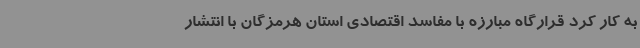
به کار کرد قرارگاه مبارزه با مفاسد اقتصادی استان هرمزگان با انتشار